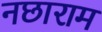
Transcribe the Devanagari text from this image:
नछाराम